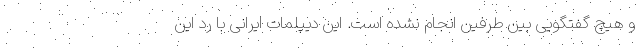
و هیچ گفتگویی بین طرفین انجام نشده است. این دیپلمات ایرانی با رد این